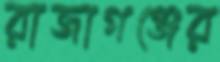
রাজাগঞ্জের